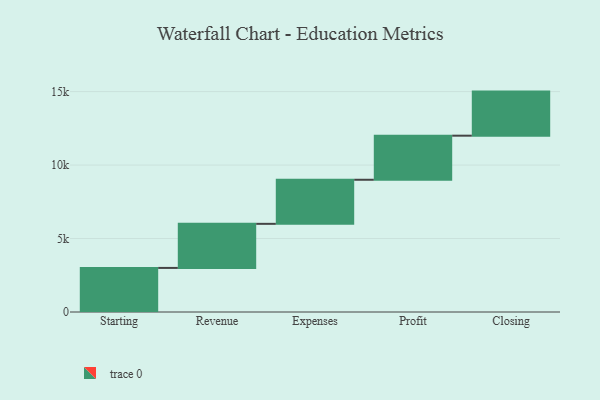
{"axis": {"x": "Step", "y": "Value"}, "legend": [""], "data": [{"x": "Starting", "y": 3000, "type": ""}, {"x": "Revenue", "y": 3000, "type": ""}, {"x": "Expenses", "y": 3000, "type": ""}, {"x": "Profit", "y": 3000, "type": ""}, {"x": "Closing", "y": 3000, "type": ""}]}